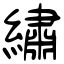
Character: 繡